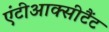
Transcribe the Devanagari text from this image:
एंटीआक्सीटैंट